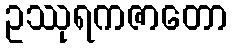
ဥဿုရကဇာတော